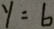
y = 6